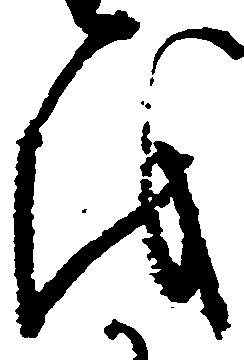
を